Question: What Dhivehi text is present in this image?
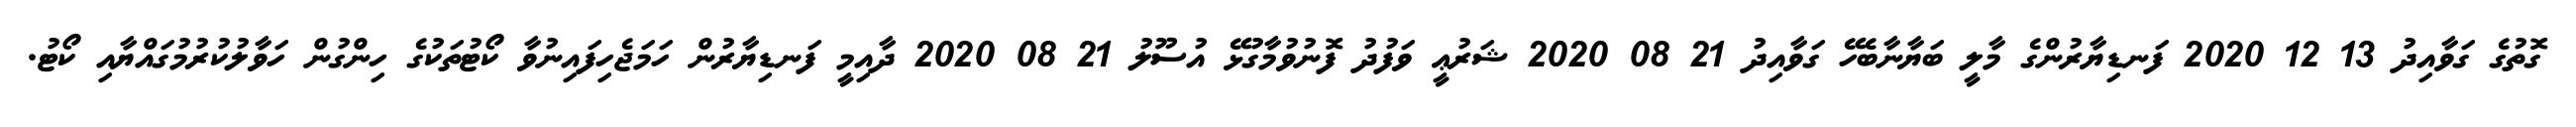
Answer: ގޮތުގެ ގަވާއިދު 13 12 2020 ފަނޑިޔާރުންގެ މާލީ ބަޔާނާބެހޭ ގަވާއިދު 21 08 2020 ޝަރުޢީ ވަފުދު ފޮނުވުމާގުޅޭ އުސޫލު 21 08 2020 ދާއިމީ ފަނޑިޔާރުން ހަމަޖެހިފައިނުވާ ކޯޓުތަކުގެ ހިންގުން ހަވާލުކުރުމުގައްޔާއި ކޯޓު.